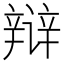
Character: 辩